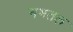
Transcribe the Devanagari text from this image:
नभतल